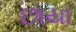
છાયા